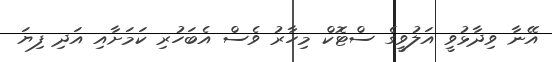
އޭނާ ވިދާޅުވީ އަލުވީގެ ސްޓޮކް މިހާރު ވެސް އެބަހުރި ކަމަށާއި އަދި ފިޔަ